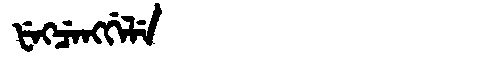
Manchu: ᡶᡝᡴᠴᡝᠩᡤᡝᠯᡝ
Romanization: FEKCENGGELE